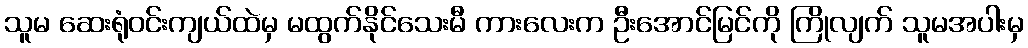
သူမ ဆေးရုံဝင်းကျယ်ထဲမှ မထွက်နိုင်သေးမီ ကားလေးက ဦးအောင်မြင်ကို ကြိုလျက် သူမအပါးမှ